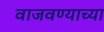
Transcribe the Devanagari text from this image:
वाजवण्याच्या